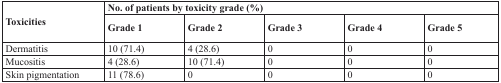
| <ROWSPAN=2> Toxicities | <COLSPAN=5> No. of patients by toxicity grade (%) |
 | Grade 1 | Grade 2 | Grade 3 | Grade 4 | Grade 5 |
 | --- | --- | --- | --- | --- | --- |
 | Dermatitis | 10 (71.4) | 4 (28.6) | 0 | 0 | 0 |
 | Mucositis | 4 (28.6) | 10 (71.4) | 0 | 0 | 0 |
 | Skin pigmentation | 11 (78.6) | 0 | 0 | 0 | 0 |